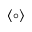
\left< \circ \right>